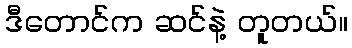
ဒီတောင်က ဆင်နဲ့ တူတယ်။